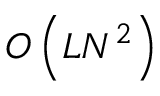
O \left( L N ^ { 2 } \right)